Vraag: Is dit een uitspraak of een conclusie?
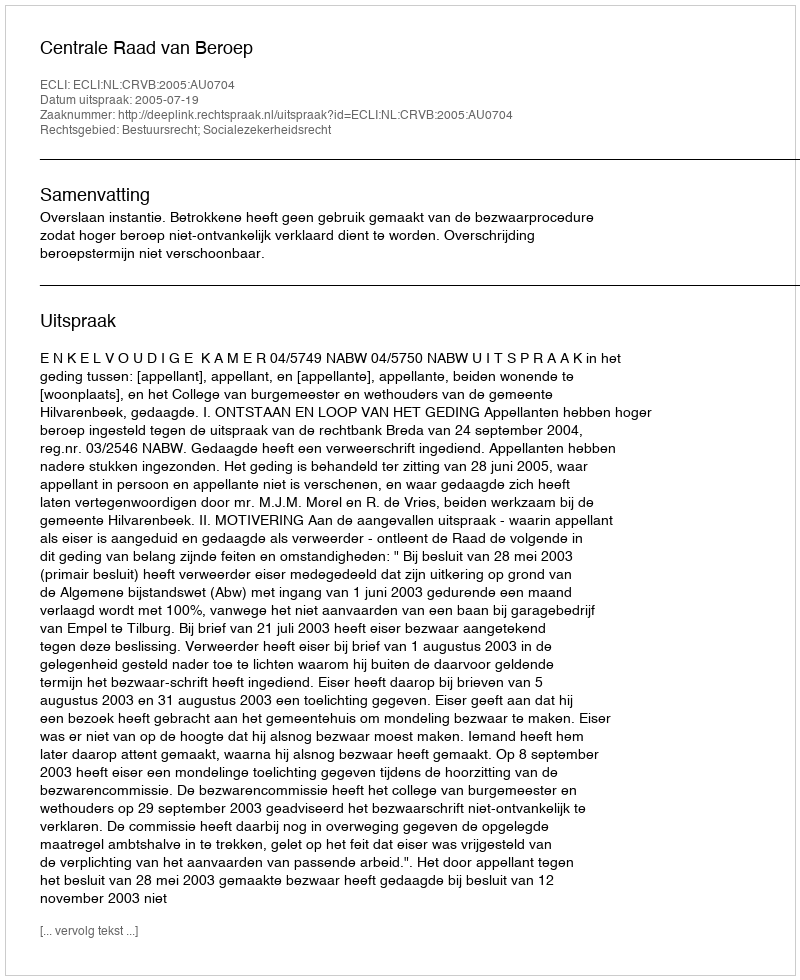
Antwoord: Uitspraak